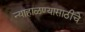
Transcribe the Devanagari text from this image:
न्याहाळण्यासाठीचे